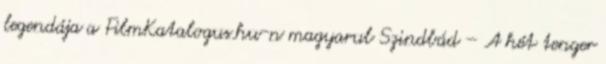
legendája a FilmKatalogus.hu-n magyarul Szindbád – A hét tenger